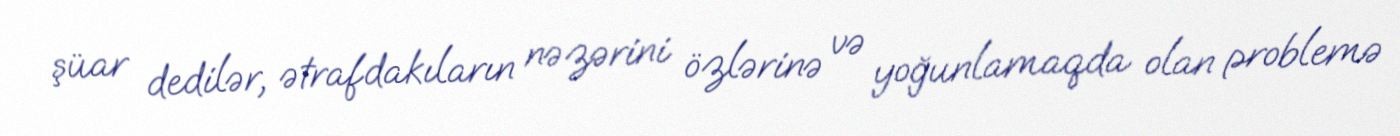
şüar dedilər, ətrafdakıların nəzərini özlərinə və yoğunlamaqda olan problemə